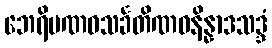
ဘေရိပဏဝသင်္ခတိဏဝနိန္နာဒသဒ္ဒံ